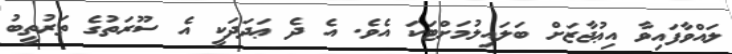
ލައްވާފައިވާ އިޢުޖާޒަށް ބަލައިލުމަށްޓަކަ އެވެ. އެ ދެ ޢަދަދަކީ އެ ސޫރަތުގެ ތަރުތީބު